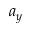
a _ { y }